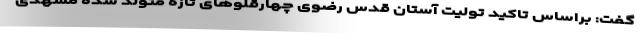
گفت: براساس تاکید تولیت آستان قدس رضوی چهارقلوهای تازه متولد شده مشهدی